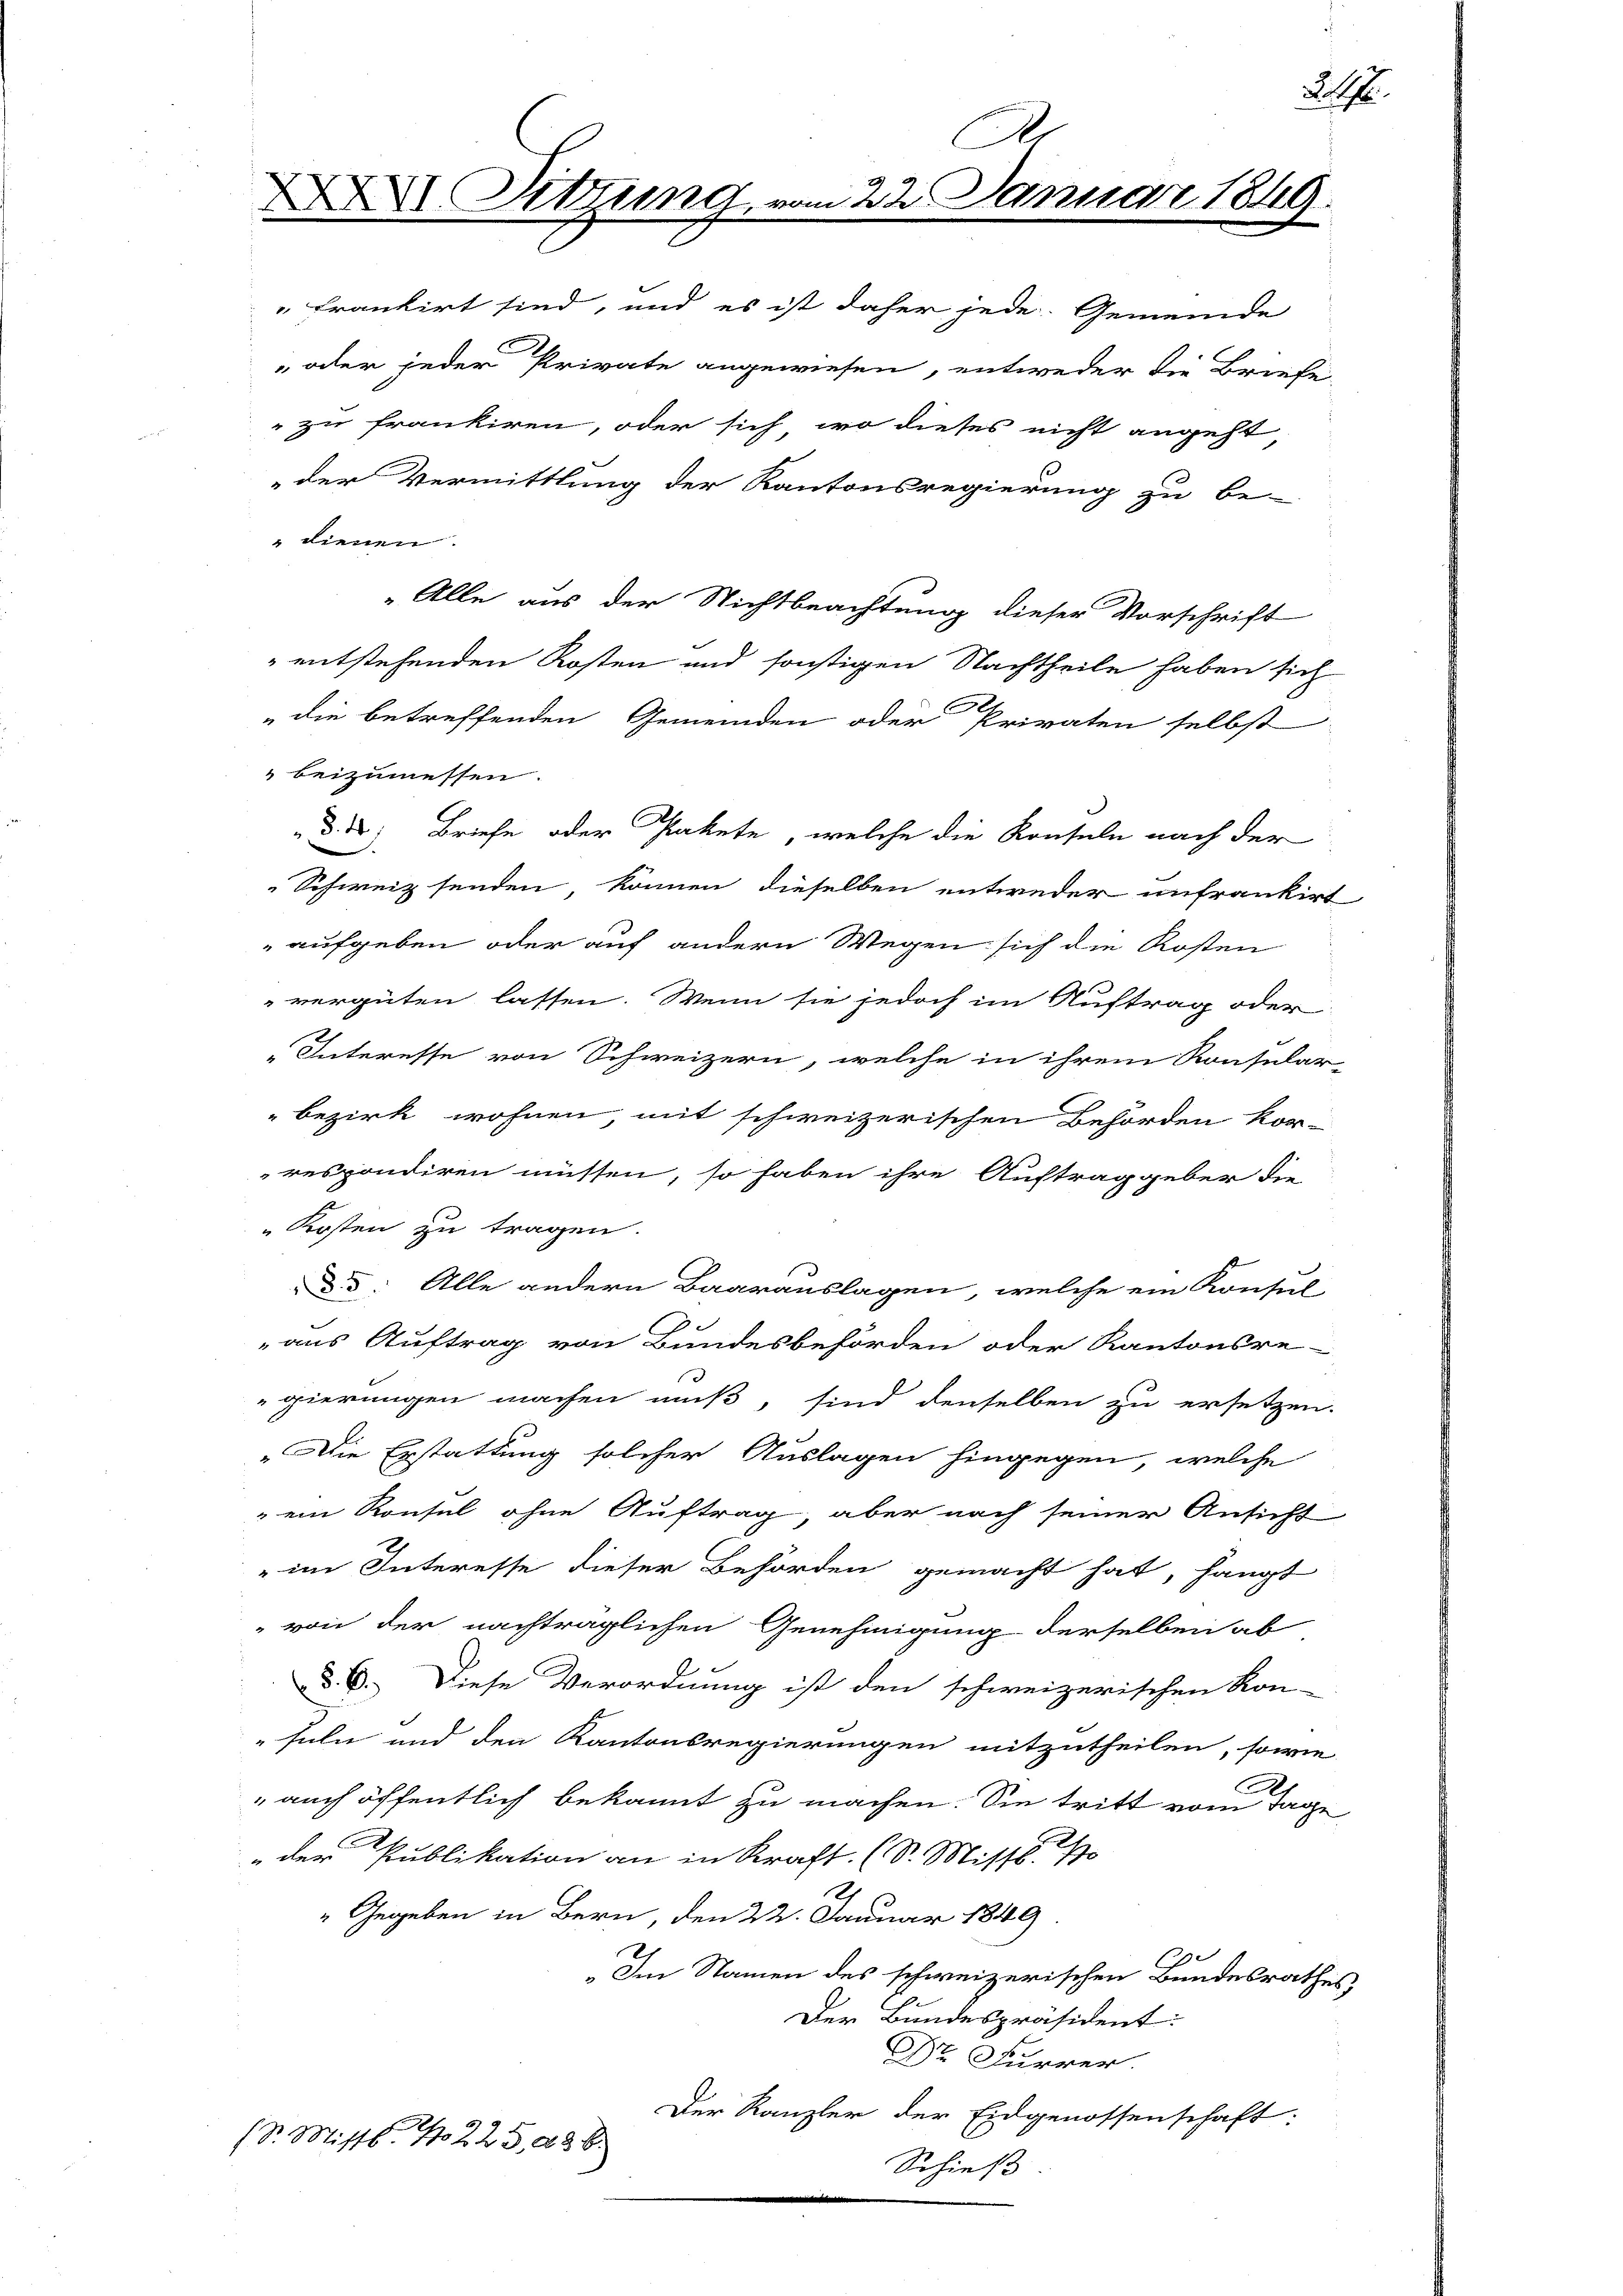
A
 Sitzung, vom 22. Januar 1849.

24.

frankirt sind, und es ist daher jede Gemeinde
" oder jeder Private angewiesen, entweder die Briefe
 zu frankiren, oder sich wo dieses nicht angeht,
der Vermittlung der Kantonsregierung zu be-
" dienen.
„Alle aus der Nichtbeachtung dieser Vorschrift
entstehenden Kosten und sonstigen Nachtheile haben sich
die betreffenden Gemeinden oder Privaten selbst
beizumessen.
 d. d. Briefe oder Pakete, welche die Konsuln nach der
Schweiz senden, können dieselben entweder unfrankirt
aufgeben oder auf andern Wegen sich die Kosten
vergüten lassen. Wenn sie jedoch im Auftrag oder
„Interesse von Schweizern, welche in ihrem Konsular-
bezirk wohnen, mit schweizerischen Behörden kor-
respondiren müssen, so haben ihre Auftraggeber die
Kosten zu tragen.
d. d. Alle andern Baarauslagen, welche ein Konsul-
3
aus Auftrag von Bundesbehörden oder Kantonsre-
gierungen machen muß, sind denselben zu ersetzen.
„Die Erstattung solcher Auslagen hingegen, welche
 ein Konsul ohne Auftrag, aber nach seiner Ansicht
" im Interesse dieser Behörden gemacht hat, hängt
" von der nachträglichen Genehmigung derselben ab
§. 6. Diese Verordnung ist den schweizerischen Kon-
füln und den Kantonsregierungen mitzutheilen, sowie
s
 auch öffentlich bekannt zu machen. Sie tritt vom Tage
" der Publikation an in Kraft. (S. Missb. 1
"Gegeben in Bern, den 22. Januar 1849
Im Namen des schweizerischen Bundesrathes,
Der Bundespräsident:
Dr. Furrer.
Der Kanzler der Eidgenossenschaft:
(St. Mist. No 223, 238.
Schieß